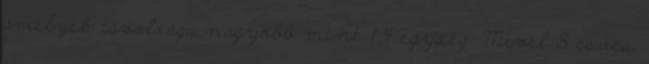
amelyek távolsága nagyobb mint 1,4 egység. Mivel 8 csúcs